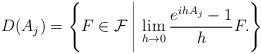
LaTeX: \begin{align*}D(A_j)=\Bigg\{F\in\mathcal{F}\,\Bigg|\, \lim_{h\to 0}\frac{e^{ihA_j}-1}{h}F .\Bigg\}\end{align*}